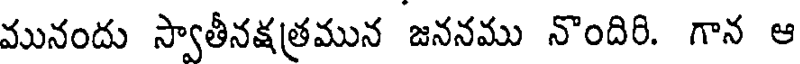
మునందు స్వాతీనక్షత్రమున జననము నొందిరి. గాన ఆ